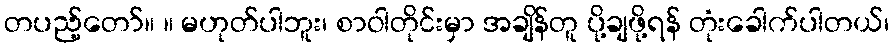
တပည့်တော်။ ။ မဟုတ်ပါဘူး၊ စာဝါတိုင်းမှာ အချိန်တူ ပို့ချဖို့ရန် တုံးခေါက်ပါတယ်၊